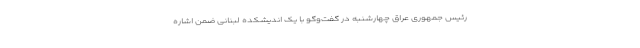
رئیس جمهوری عراق چهارشنبه در گفت‌وگو با یک اندیشکده لبنانی ضمن اشاره